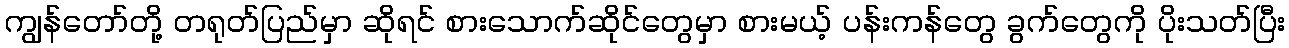
ကျွန်တော်တို့ တရုတ်ပြည်မှာ ဆိုရင် စားသောက်ဆိုင်တွေမှာ စားမယ့် ပန်းကန်တွေ ခွက်တွေကို ပိုးသတ်ပြီး